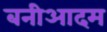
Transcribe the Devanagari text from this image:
बनीआदम